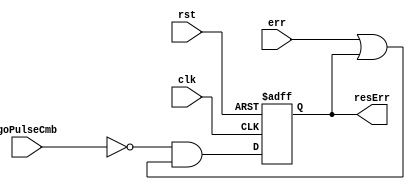
`timescale 1ns / 1ps
//////////////////////////////////////////////////////////////////////////////////
// Company: 
// Engineer: 
// 
// Design Name: 
// Module Name: fact_error_reg
// Project Name: 
// Target Devices: 
// Tool Versions: 
// Description: 
// 
// Dependencies: 
// 
// Revision:
// Revision 0.01 - File Created
// Additional Comments:
// 
//////////////////////////////////////////////////////////////////////////////////


module fact_error_reg(input clk, rst, goPulseCmb, err, output reg resErr );
always @(posedge clk, posedge rst)
begin
    if(rst)
        resErr <= 1'b0;
    else
        resErr <= (~goPulseCmb) & (err | resErr);
end
endmodule